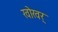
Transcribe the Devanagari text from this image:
खोखर्